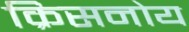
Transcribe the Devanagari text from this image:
क्रिसनोय